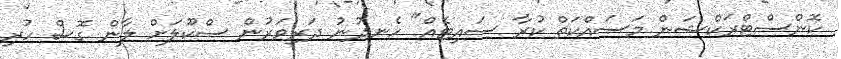
ކޮންސްޓްރަކްޝަން މަސައްކަތް ކުރާ ސައިޓެއް" ހެނދުނު ދަރިވަރުން ސްކޫލަށް ލާން ގޮސް ހުރި